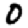
Digit: 0